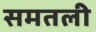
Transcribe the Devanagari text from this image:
समतली